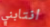
انتابني